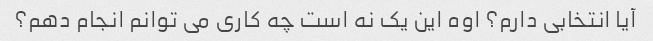
آیا انتخابی دارم؟ اوه این یک نه است چه کاری می توانم انجام دهم؟